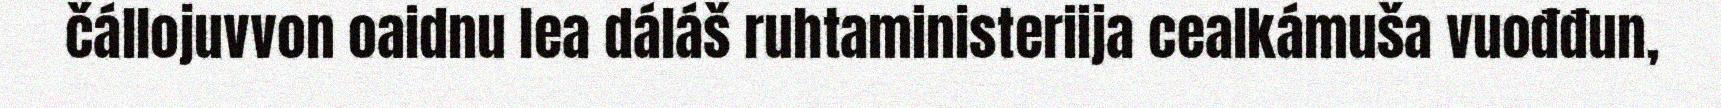
čállojuvvon oaidnu lea dáláš ruhtaministeriija cealkámuša vuođđun,